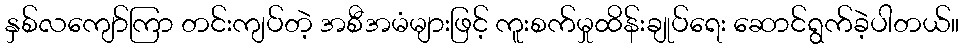
နှစ်လကျော်ကြာ တင်းကျပ်တဲ့ အစီအမံများဖြင့် ကူးစက်မှုထိန်းချုပ်ရေး ဆောင်ရွက်ခဲ့ပါတယ်။